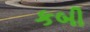
કબી